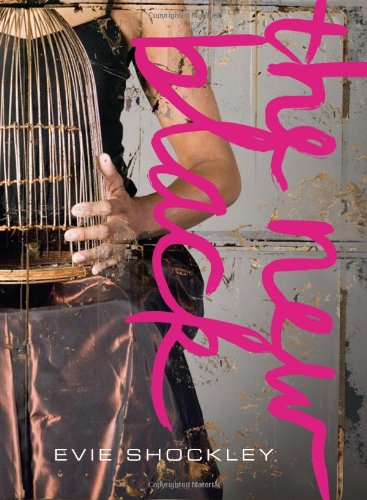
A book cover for The new black (Wesleyan Poetry Series); Evie Shockley; Literature & Fiction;